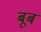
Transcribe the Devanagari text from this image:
बूब